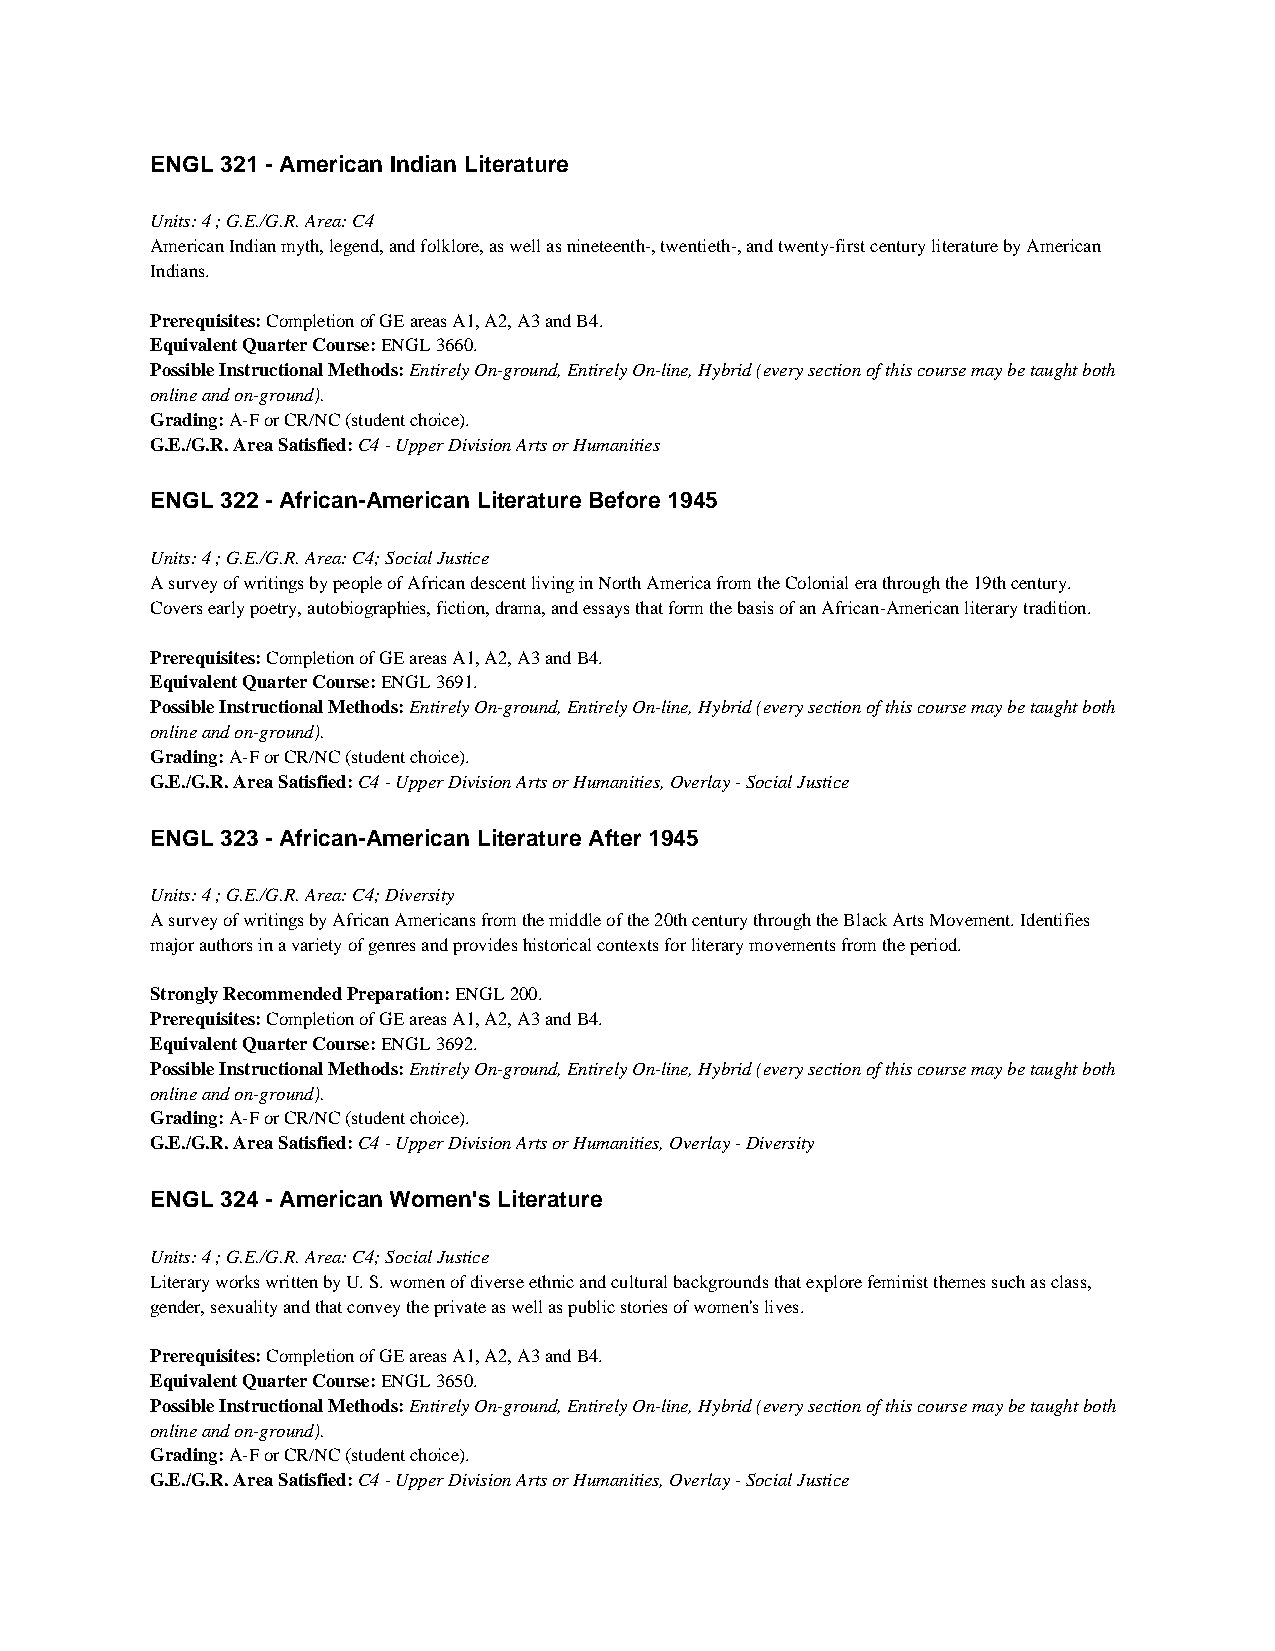
ENGL 321 - American Indian Literature
 Units: 4 ; G.E./G.R. Area: C4
 American Indian myth, legend, and folklore, as well as nineteenth-, twentieth-, and twenty-first century literature by American
 Indians.
 Prerequisites: Completion of GE areas A1, A2, A3 and B4.
 Equivalent Quarter Course: ENGL 3660.
 Possible Instructional Methods: Entirely On-ground, Entirely On-line, Hybrid (every section of this course may be taught both
 online and on-ground).
 Grading: A-F or CR/NC (student choice).
 G.E./G.R. Area Satisfied: C4 - Upper Division Arts or Humanities
 ENGL 322 - African-American Literature Before 1945
 Units: 4 ; G.E./G.R. Area: C4; Social Justice
 A survey of writings by people of African descent living in North America from the Colonial era through the 19th century.
 Covers early poetry, autobiographies, fiction, drama, and essays that form the basis of an African-American literary tradition.
 Prerequisites: Completion of GE areas A1, A2, A3 and B4.
 Equivalent Quarter Course: ENGL 3691.
 Possible Instructional Methods: Entirely On-ground, Entirely On-line, Hybrid (every section of this course may be taught both
 online and on-ground).
 Grading: A-F or CR/NC (student choice).
 G.E./G.R. Area Satisfied: C4 - Upper Division Arts or Humanities, Overlay - Social Justice
 ENGL 323 - African-American Literature After 1945
 Units: 4 ; G.E./G.R. Area: C4; Diversity
 A survey of writings by African Americans from the middle of the 20th century through the Black Arts Movement. Identifies
 major authors in a variety of genres and provides historical contexts for literary movements from the period.
 Strongly Recommended Preparation: ENGL 200.
 Prerequisites: Completion of GE areas A1, A2, A3 and B4.
 Equivalent Quarter Course: ENGL 3692.
 Possible Instructional Methods: Entirely On-ground, Entirely On-line, Hybrid (every section of this course may be taught both
 online and on-ground).
 Grading: A-F or CR/NC (student choice).
 G.E./G.R. Area Satisfied: C4 - Upper Division Arts or Humanities, Overlay - Diversity
 ENGL 324 - American Women's Literature
 Units: 4 ; G.E./G.R. Area: C4; Social Justice
 Literary works written by U. S. women of diverse ethnic and cultural backgrounds that explore feminist themes such as class,
 gender, sexuality and that convey the private as well as public stories of women's lives.
 Prerequisites: Completion of GE areas A1, A2, A3 and B4.
 Equivalent Quarter Course: ENGL 3650.
 Possible Instructional Methods: Entirely On-ground, Entirely On-line, Hybrid (every section of this course may be taught both
 online and on-ground).
 Grading: A-F or CR/NC (student choice).
 G.E./G.R. Area Satisfied: C4 - Upper Division Arts or Humanities, Overlay - Social Justice